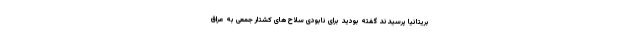
بریتانیا پرسیدند گفته بودید برای نابودی سلاح های کشتار جمعی به عراق